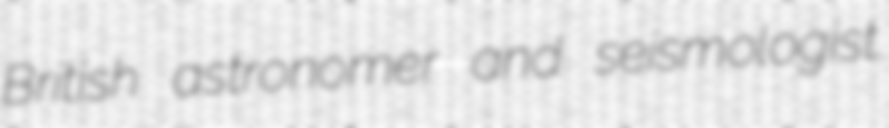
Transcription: British astronomer and seismologist.